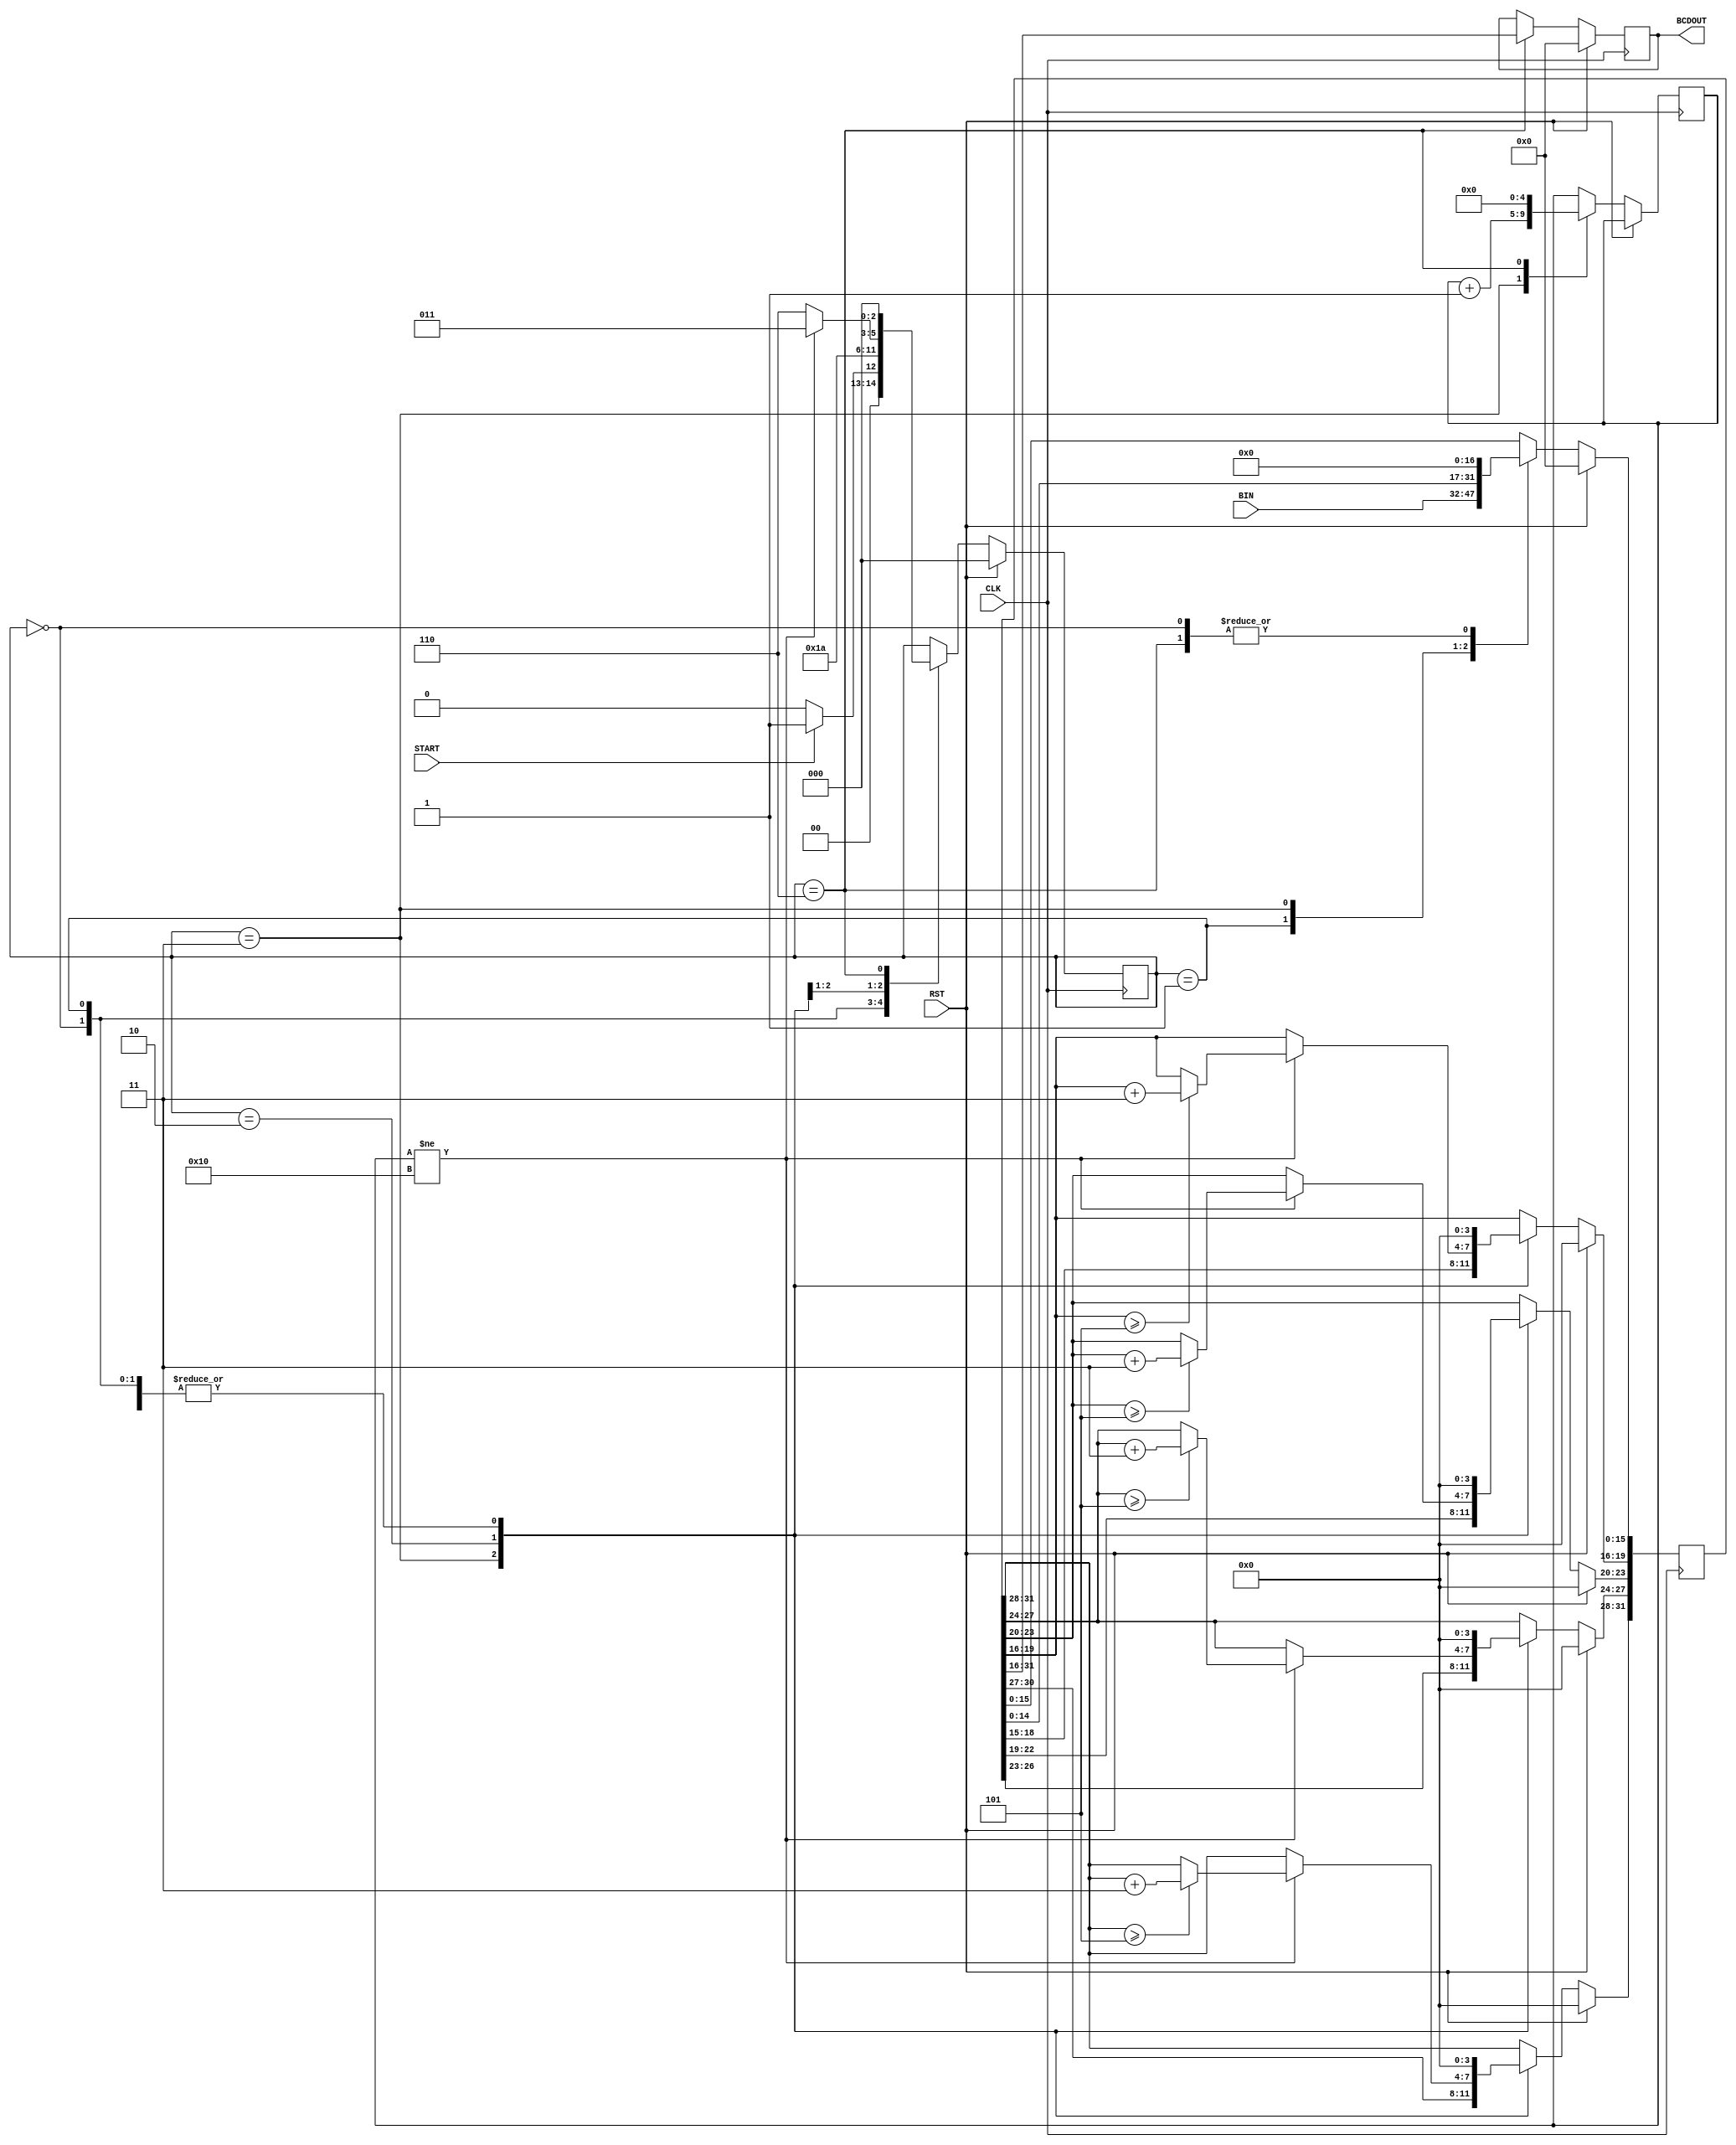
module Binary_To_BCD_1(
			CLK,
			RST,
			START,
			BIN,
			BCDOUT
	);
			input CLK;						
			input RST;						
			input START;					
			input [15:0] BIN;				
			output [15:0] BCDOUT;		
			reg [15:0] BCDOUT = 16'h0000;		
			reg [4:0] shiftCount = 5'd0;	   
			reg [31:0] tmpSR;						
			reg [2:0] STATE = Idle;				
			parameter [2:0] Idle = 3'b000,
								 Init = 3'b001,
								 Shift = 3'b011,
								 Check = 3'b010,
								 Done = 3'b110;
			always @(posedge CLK) begin
					if(RST == 1'b1) begin
							BCDOUT <= 16'h0000;
							tmpSR <= 31'h00000000;
							STATE <= Idle;
					end
					else begin
							case (STATE)
									Idle : begin
											BCDOUT <= BCDOUT;								 	
											tmpSR <= 32'h00000000;							
											if(START == 1'b1) begin
													STATE <= Init;
											end
											else begin
													STATE <= Idle;
											end
									end
									Init : begin
											BCDOUT <= BCDOUT;									
											tmpSR <= {16'b0000000000000000, BIN};	   
											STATE <= Shift;
									end
									Shift : begin
											BCDOUT <= BCDOUT;							
											tmpSR <= {tmpSR[30:0], 1'b0};			
											shiftCount <= shiftCount + 1'b1;		
											STATE <= Check;							
									end
									Check : begin
											BCDOUT <= BCDOUT;							
											if(shiftCount != 5'd16) begin
													if(tmpSR[31:28] >= 3'd5) begin
															tmpSR[31:28] <= tmpSR[31:28] + 2'd3;
													end
													if(tmpSR[27:24] >= 3'd5) begin
															tmpSR[27:24] <= tmpSR[27:24] + 2'd3;
													end
													if(tmpSR[23:20] >= 3'd5) begin
															tmpSR[23:20] <= tmpSR[23:20] + 2'd3;
													end
													if(tmpSR[19:16] >= 3'd5) begin
															tmpSR[19:16] <= tmpSR[19:16] + 2'd3;
													end
													STATE <= Shift;	
											end
											else begin
													STATE <= Done;
											end
									end
									Done : begin
											BCDOUT <= tmpSR[31:16];	
											tmpSR <= 32'h00000000;	
											shiftCount <= 5'b00000; 
											STATE <= Idle;
									end
							endcase
					end
			end
endmodule